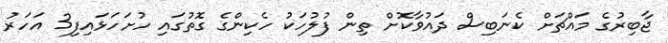
ޖާބިރުގެ މައްޗަށް ކެނަބިސް ދައުވާކޮށް ތިން ފުލުހަކު ހެކިންގެ ގޮތުގައި ހުށަހަޅައިފި3 އަހަރު